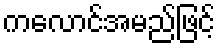
ကလောင်အမည်ဖြင့်